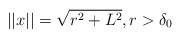
LaTeX: \begin{align*}||x||=\sqrt{r^2+L^2}, r>\delta_0\end{align*}